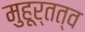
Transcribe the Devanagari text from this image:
मुहूर्तत्व